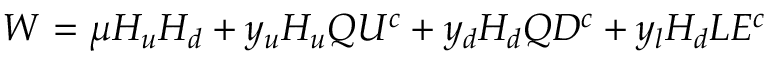
W _ { } ^ { } = \mu H _ { u } H _ { d } + y _ { u } H _ { u } Q U ^ { c } + y _ { d } H _ { d } Q D ^ { c } + y _ { l } H _ { d } L E ^ { c }